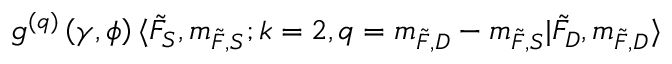
g ^ { ( q ) } \left( \gamma , \phi \right) \langle \Tilde { F } _ { S } , m _ { \Tilde { F } , S } ; k = 2 , q = m _ { \Tilde { F } , D } - m _ { \Tilde { F } , S } \lvert \Tilde { F } _ { D } , m _ { \Tilde { F } , D } \rangle